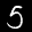
Label: 5